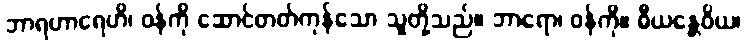
ဘာရဟာရေဟိ၊ ဝန်ကို ဆောင်တတ်ကုန်သော သူတို့သည်။ ဘာရော၊ ဝန်ကို။ ဓီယန္တေဝိယ၊